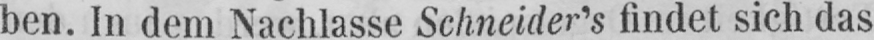
ben. In dem Nachlasse Schneidens findet sich das